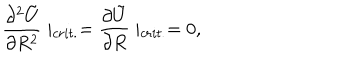
\frac { \partial ^ { 2 } \tilde { U } } { \partial R ^ { 2 } } \mid _ { c r i t . } = \frac { \partial \tilde { U } } { \partial R } \mid _ { c r i t . } = 0 ,